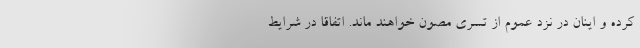
کرده و اینان در نزد عموم از تسری مصون خواهند ماند. اتفاقا در شرایط